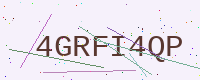
Text: 4GRFI4QP